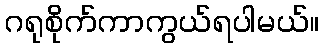
ဂရုစိုက်ကာကွယ်ရပါမယ်။